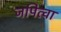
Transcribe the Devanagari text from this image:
जपित्वा